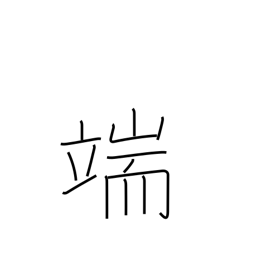
Meaning: point